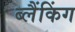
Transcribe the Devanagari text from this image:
ब्लैंकिंग